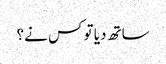
ساتھ دیا تو کس نے؟